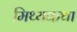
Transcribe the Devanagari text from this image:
मिथ्यकथा